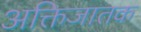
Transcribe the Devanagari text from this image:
अक्तिजातक